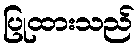
ပြုထားသည်